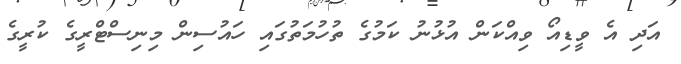
އަދި އެ ވީޑިއޯ ވިއްކަން އުޅުނު ކަމުގެ ތުހުމަތުގައި ހައުސިން މިނިސްޓްރީގެ ކުރީގެ